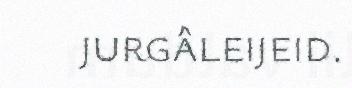
jurgâleijeid.